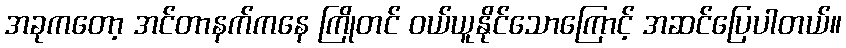
အခုကတော့ အင်တာနက်ကနေ ကြိုတင် ဝယ်ယူနိုင်သောကြောင့် အဆင်ပြေပါတယ်။